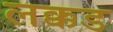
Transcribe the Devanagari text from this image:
लक्कड